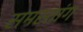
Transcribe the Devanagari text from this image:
समस्तांग